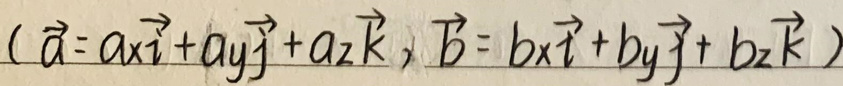
$(\vec{a} = a_x\vec{i}+a_y\vec{j}+a_z\vec{k},\vec{b}=b_x\vec{i}+b_y\vec{j}+b_z\vec{k})$